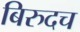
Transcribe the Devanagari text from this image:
बिरुदच